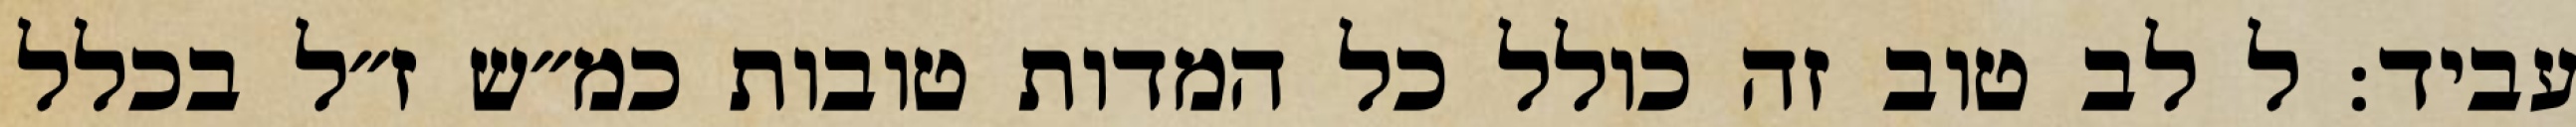
עביד: ל לב טוב זה כולל כל המדות טובות כמ״ש ז״ל בכלל